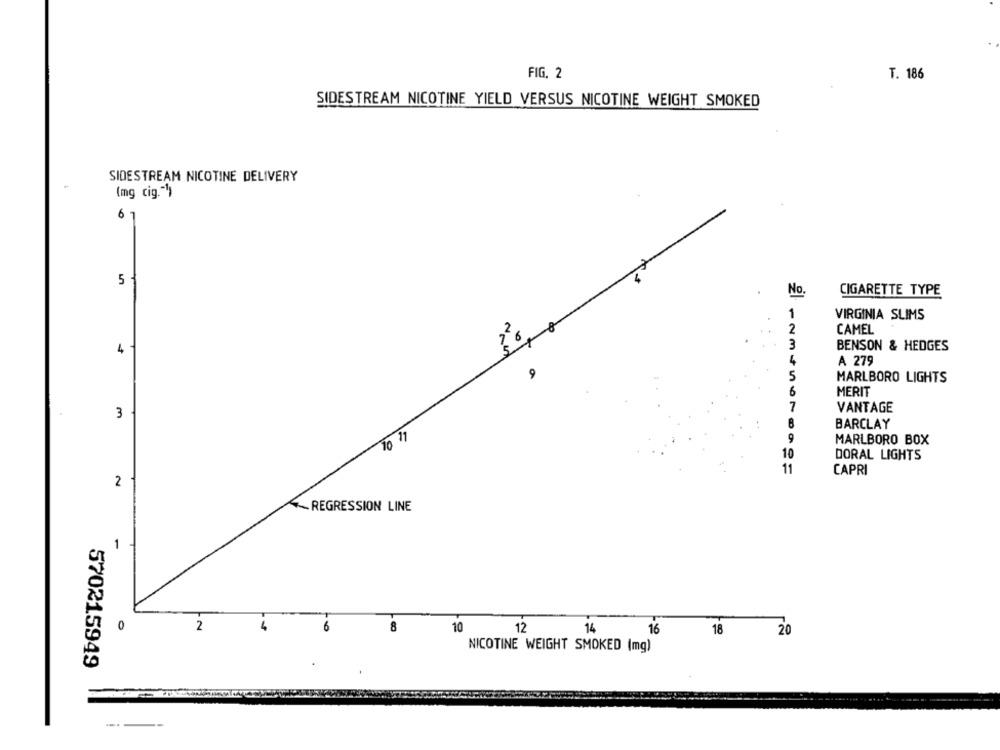
FIG. 2
T. 186
SIDESTREAM NICOTINE YIELD VERSUS NICOTINE WEIGHT SMOKED
SIDESTREAM NICOTINE DELIVERY
(mg cig.")
6 1
5
No.
CIGARETTE TYPE
1
VIRGINIA SLIMS
2
CAMEL
7 6
3
4
BENSON & HEDGES
4
A 279
9
5
MARLBORO LIGHTS
6
MERIT
7
VANTAGE
3
BARCLAY
10 11
9
MARLBORO BOX
10
DORAL LIGHTS
11
CAPRI
2
REGRESSION LINE
1
0
2
8
10
12
14
16
18
20
NICOTINE WEIGHT SMOKED (mg)
570215949